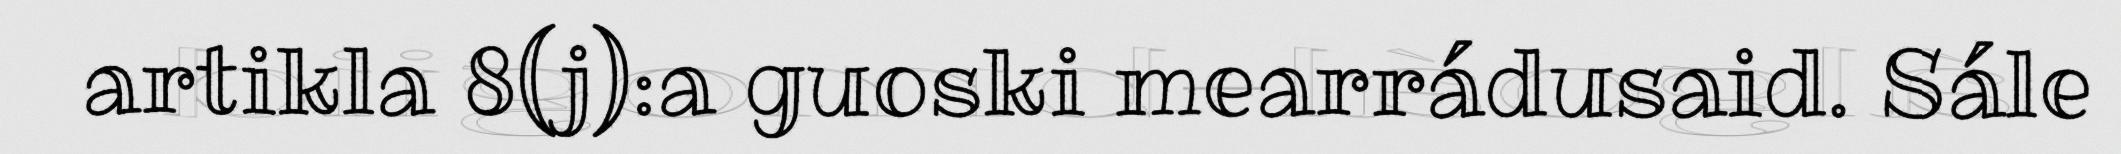
artikla 8(j):a guoski mearrádusaid. Sále